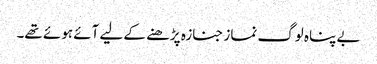
بے پناہ لوگ نماز جنازہ پڑھنے کے لیے آئے ہوئے تھے۔